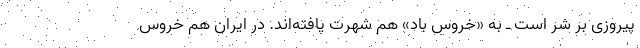
پیروزی بر شر است ـ به «خروسِ باد» هم شهرت یافته‌اند. در ایران هم خروس